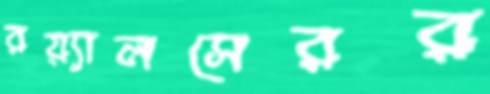
রয়্যালসেরর